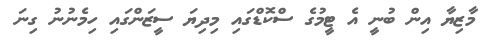
މާޒިޔާ އިން ބުނީ އެ ޓީމުގެ ސްކޮޑްގައި މިދިޔަ ސީޒަންގައި ހިމެނުނު ގިނަ